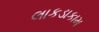
લાકડાકામ